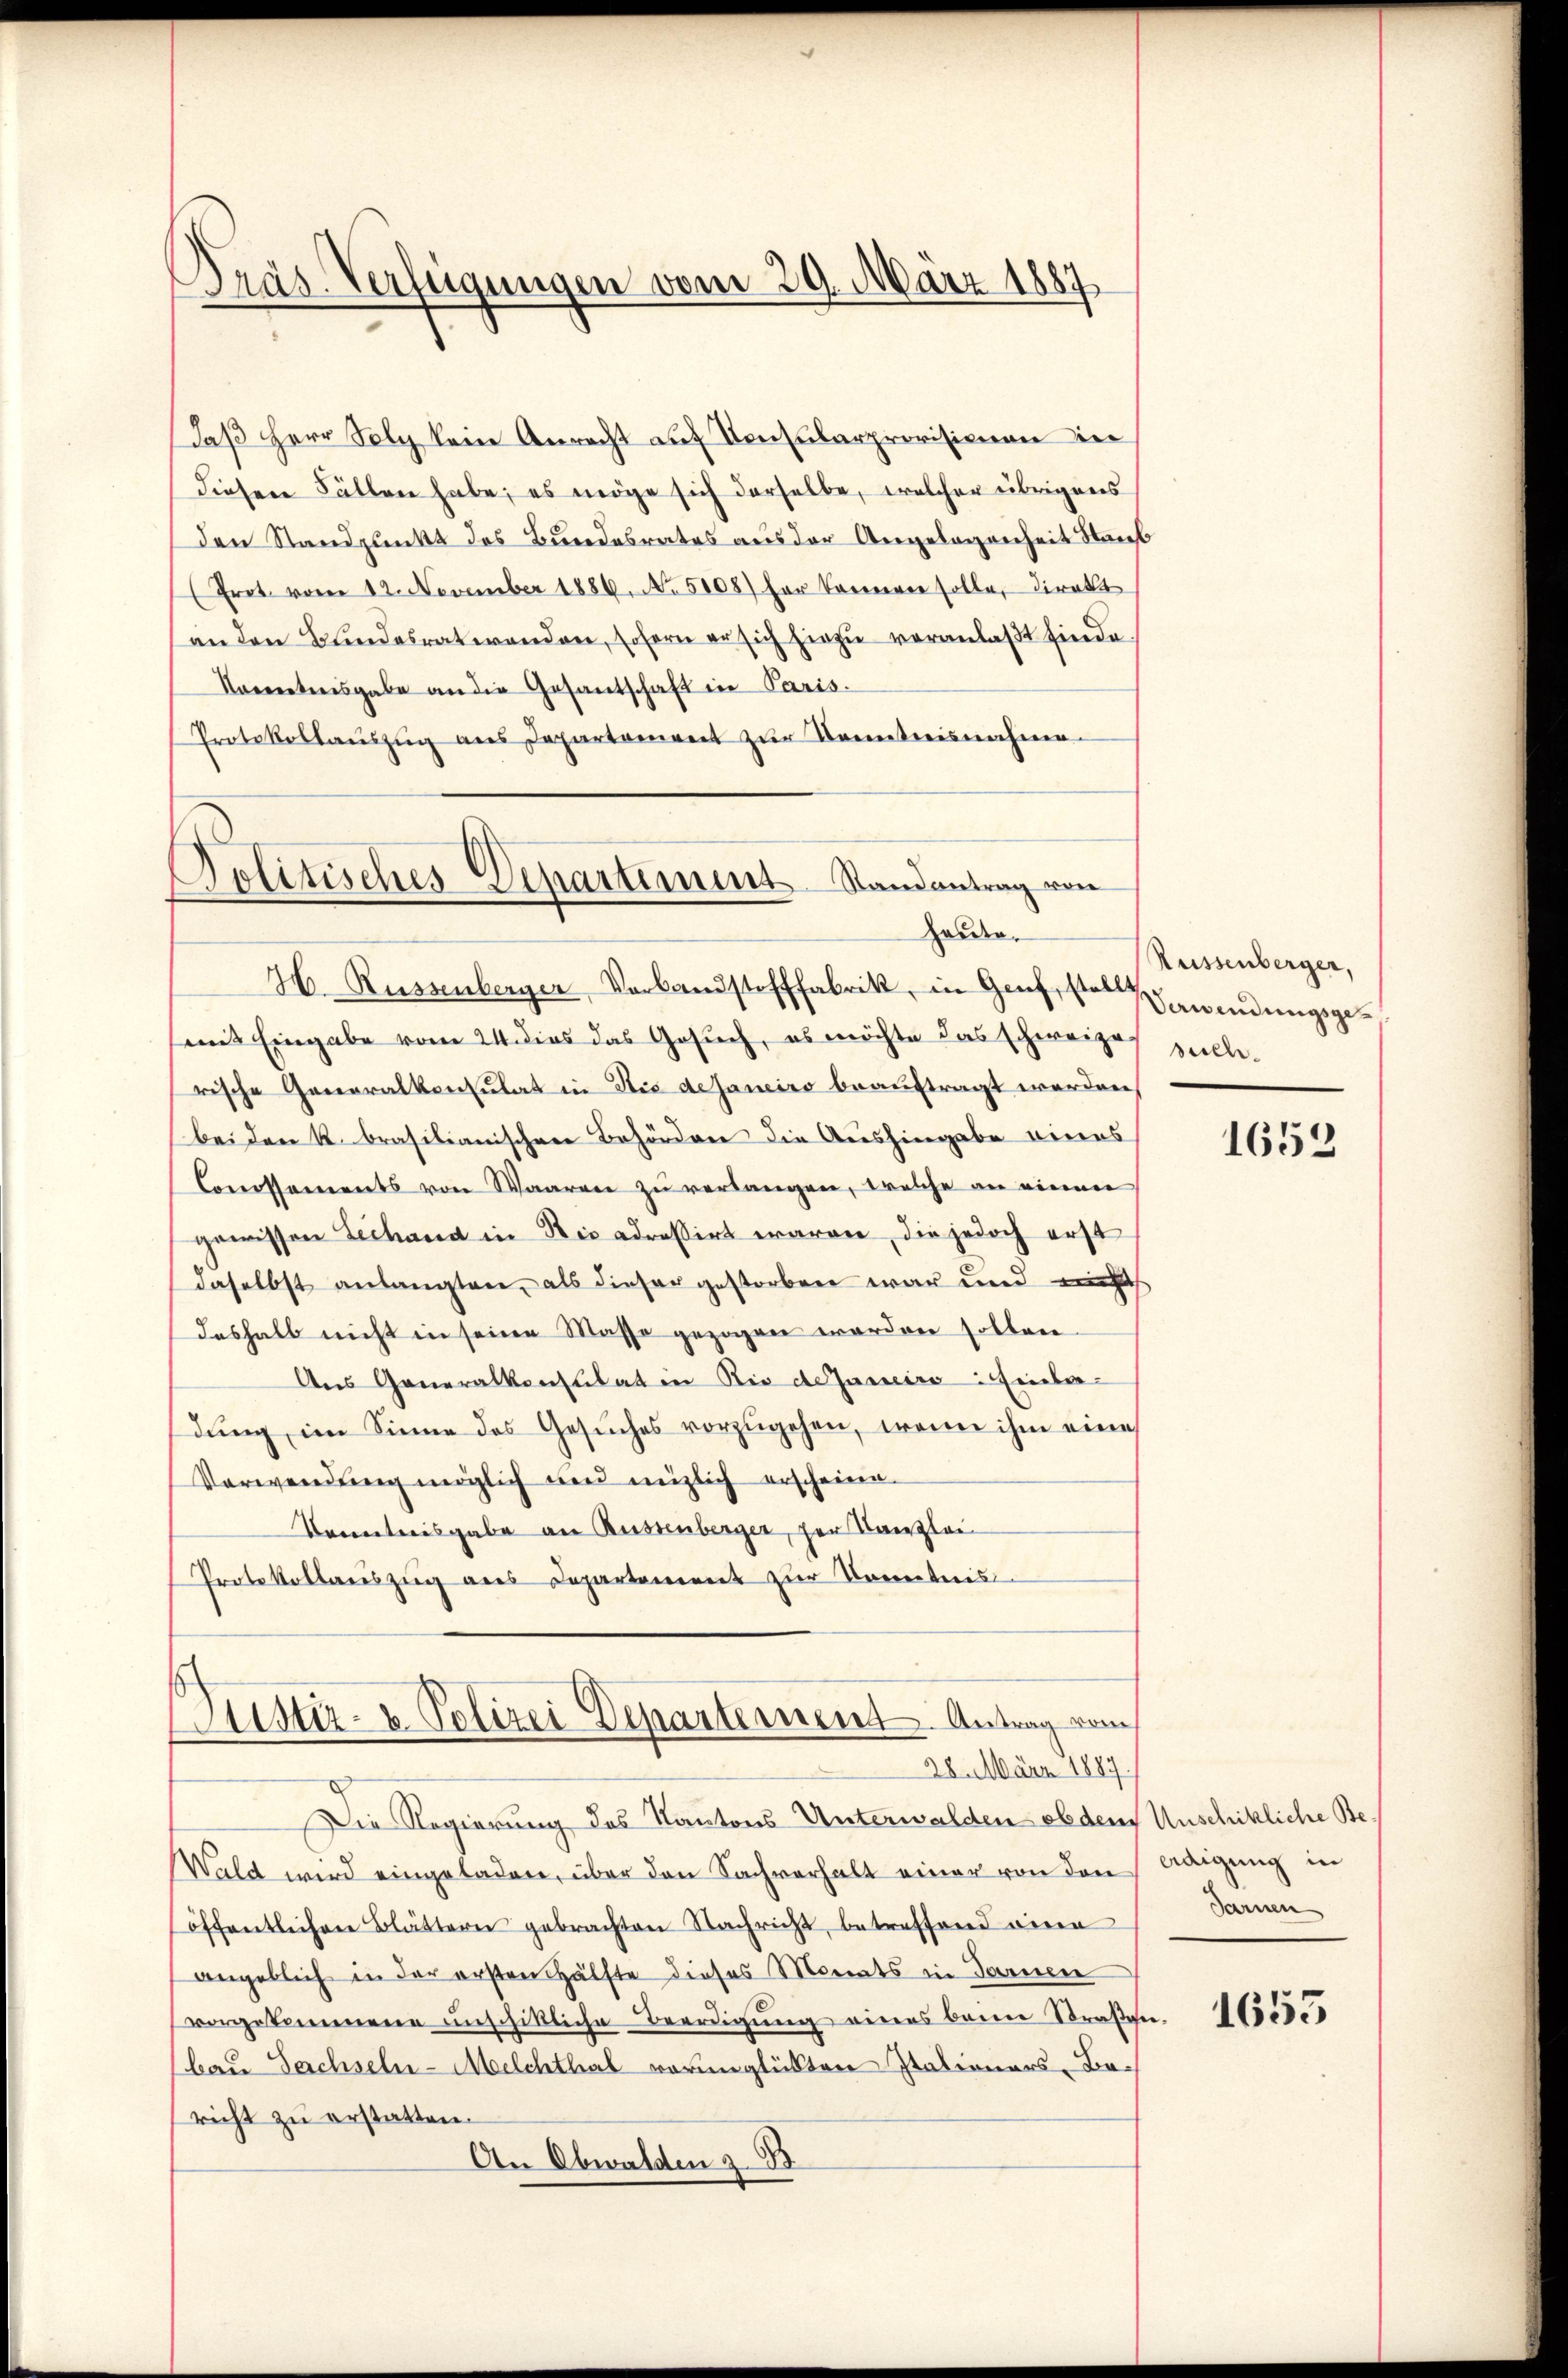
Präs. Verfeigungen vom 29. März 1887

Daß Herr Solg kein Anrecht auf Konsularprovisionen in
diesen Fällen habe; es möge sich derselbe, welcher übrigens
den Standpunkt des Bundesrates aus der Angelegenheit Staub
(Prot. vom 12. November 1886. No. 5108) her Kamerie solle, direkt
an den Bundesratwanden, sofern er sich hiezu veranlaßt finde.
Vorentesgabe an die Gesandschaft in Paris.
Protokollaŭszŭg ans Departement zŭr Kenntnisnahme.

Politisches Departement Randantrag von
Forden.

H. Russenberger Verbandstofffabrik, in Genf, so wendungsgesemit Eingabe vom 24. dies das Gesuch, es möchte das schweizes sullerische Generalkonsulat in Sie desaneiro beauftragt werden,
bei den k. brasilianischen Behörden die Aushingabe eines
Conossements von Waaren zŭ verlangen, welche an einen
gewissen Lechand in Rio adressirt waren, die jedoch erst
daselbst anlangten, als dieser gestorben war und nicht
deshalb nicht in seine Masse gezogen worden sollen.
Ans Generalkonsulat in Rio deaneiro Einbedung im Sinne des Gesuches vorzugehen, wenn ihm eine
Verwendung möglich und möglich erscheine
Kenntnisgabe an Russenberger, der Kanzlei
Protokollauszug aus Departement zur Kometeris

Sistiz- u. Polizei Departement. Antrag vom
28. März 1887

Küssenberger,

Die Regierung des Kantons Unterwalden ob dem Unschikliche Be¬
Wald wird eingeladen, über den Sachverhalt einer von den Adigung in
öffentlichen Blättern gebrachten Nachricht, betreffend eine
angeblich in der ersten Hälfte dieses Monats in Sarnen
vorgekommene unschittliche Beerdigŭng eines beim Straβen-
bau Sachseln-Melchthal verunglükten Itationers-Be-
richt zu erstatten.
An Obwalden z. B

1652

Sarnen

1655